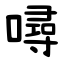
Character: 噚